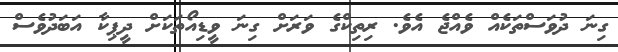
ގިނަ ދުވަސްތަކެއް ވެއްޖެ އެވެ. ރިތިކްގެ ވަރަށް ގިނަ ވީޑިއޯތަކަށް ދީޕިކާ އަބަދުވެސް